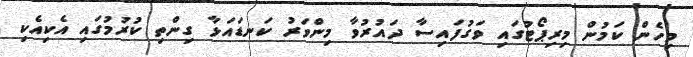
މިހެން ކަމުން މިރިޕޯޓުގައި ވަގުފައިސާ ދައުރުވާ މިންވަރު ކަނޑައަޅާ ގިންތި ކުރުމުގައި އެކިއެކި